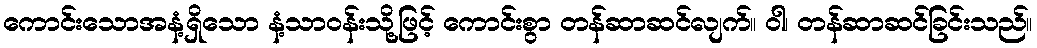
ကောင်းသောအနံ့ရှိသော နံ့သာဝန်းသို့ဖြင့် ကောင်းစွာ တန်ဆာဆင်လျက်။ ဝါ၊ တန်ဆာဆင်ခြင်းသည်။